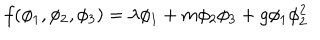
f ( \phi _ { 1 } , \phi _ { 2 } , \phi _ { 3 } ) = \lambda \phi _ { 1 } + m \phi _ { 2 } \phi _ { 3 } + g \phi _ { 1 } \phi _ { 2 } ^ { 2 }